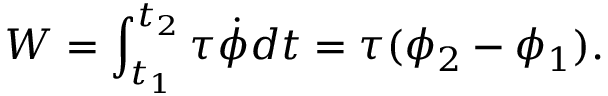
W = \int _ { t _ { 1 } } ^ { t _ { 2 } } \tau { \dot { \phi } } d t = \tau ( \phi _ { 2 } - \phi _ { 1 } ) .